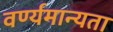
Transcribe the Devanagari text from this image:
वर्ण्यमान्यता